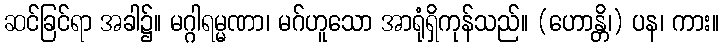
ဆင်ခြင်ရာ အခါ၌။ မဂ္ဂါရမ္မဏာ၊ မဂ်ဟူသော အာရုံရှိကုန်သည်။ (ဟောန္တိ၊) ပန၊ ကား။